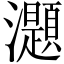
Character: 𤄭